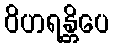
ဝိဟရန္တိပေ